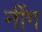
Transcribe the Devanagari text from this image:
नींग